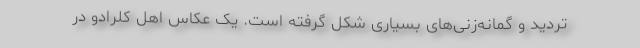
تردید و گمانه‌زنی‌های بسیاری شکل گرفته است. یک عکاس اهل کلرادو در